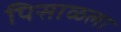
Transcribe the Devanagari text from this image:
पिसाळला